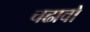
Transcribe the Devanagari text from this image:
चढावो